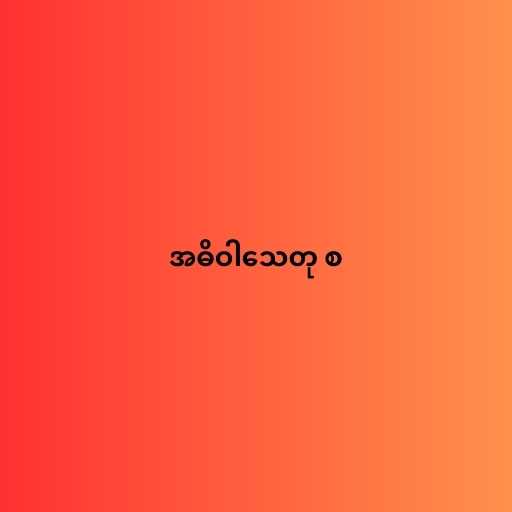
အဓိဝါသေတု စ